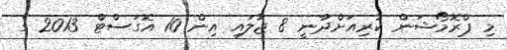
މި ޕްރޮމޯޝަން ކުރިއަށްދާނީ 8 ޖުލައި އިން 10 އޮގަސްޓް 2013 ގެ